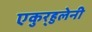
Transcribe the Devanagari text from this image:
एकुर्‍हुलेनी